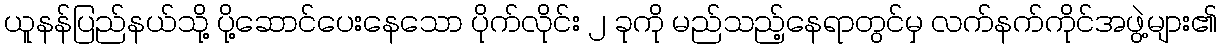
ယူနန်ပြည်နယ်သို့ ပို့ဆောင်ပေးနေသော ပိုက်လိုင်း ၂ ခုကို မည်သည့်နေရာတွင်မှ လက်နက်ကိုင်အဖွဲ့များ၏